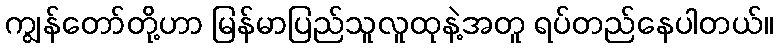
ကျွန်တော်တို့ဟာ မြန်မာပြည်သူလူထုနဲ့အတူ ရပ်တည်နေပါတယ်။